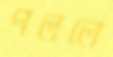
পললে